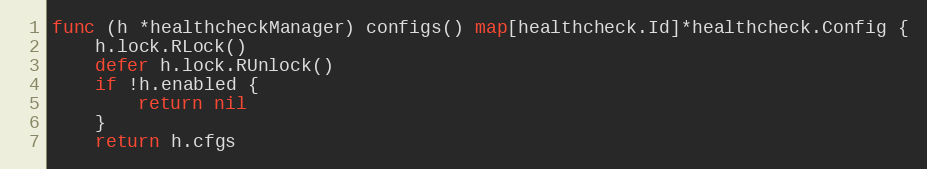
Language: Go
func (h *healthcheckManager) configs() map[healthcheck.Id]*healthcheck.Config {
	h.lock.RLock()
	defer h.lock.RUnlock()
	if !h.enabled {
		return nil
	}
	return h.cfgs